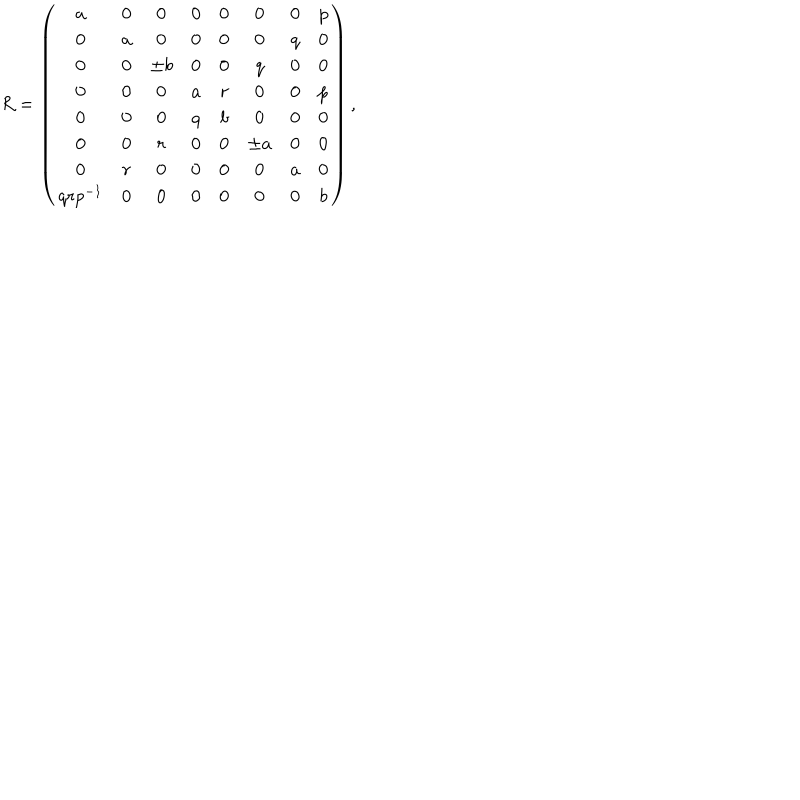
R = \left( \begin{array} { c c c c c c c c } { { a } } & { { 0 } } & { { 0 } } & { { 0 } } & { { 0 } } & { { 0 } } & { { 0 } } & { { p } } \\ { { 0 } } & { { a } } & { { 0 } } & { { 0 } } & { { 0 } } & { { 0 } } & { { q } } & { { 0 } } \\ { { 0 } } & { { 0 } } & { { \pm b } } & { { 0 } } & { { 0 } } & { { q } } & { { 0 } } & { { 0 } } \\ { { 0 } } & { { 0 } } & { { 0 } } & { { a } } & { { r } } & { { 0 } } & { { 0 } } & { { p } } \\ { { 0 } } & { { 0 } } & { { 0 } } & { { q } } & { { b } } & { { 0 } } & { { 0 } } & { { 0 } } \\ { { 0 } } & { { 0 } } & { { r } } & { { 0 } } & { { 0 } } & { { \pm a } } & { { 0 } } & { { 0 } } \\ { { 0 } } & { { r } } & { { 0 } } & { { 0 } } & { { 0 } } & { { 0 } } & { { a } } & { { 0 } } \\ { { q r p ^ { - 1 } } } & { { 0 } } & { { 0 } } & { { 0 } } & { { 0 } } & { { 0 } } & { { 0 } } & { { b } } \\ \end{array} \right) ,